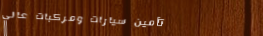
تأمين سيارات ومركبات عالي